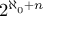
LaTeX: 2 ^ { \aleph _ { 0 } + n }